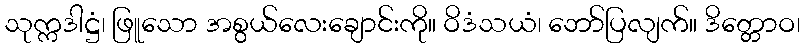
သုက္ကဒါဋ္ဌံ၊ ဖြူသော အစွယ်လေးချောင်းကို။ ဝိဒံသယံ၊ ဘော်ပြလျက်။ ဒိတ္တောဝ၊